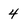
Character: 4